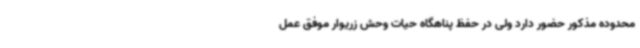
محدوده مذکور حضور دارد ولی در حفظ پناهگاه حیات وحش زریوار موفق عمل